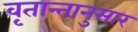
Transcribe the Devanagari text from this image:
वृतान्तानुसार